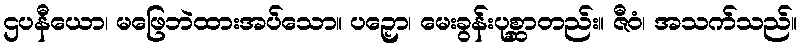
ဌပနီယော၊ မဖြေဘဲထားအပ်သော။ ပဉှော၊ မေးခွန်းပုစ္ဆာတည်း။ ဇီဝံ၊ အသက်သည်။